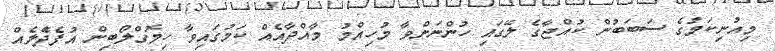
މިއުނިކަމުގެ ސަބަބުން ކުއްޖާގެ ލޭގައި ހުންނަންވާ މުހިއްމު މާއްދާއެއް ކަމުގައިވާ ހިމޮގްލޯބިން އުފެދޭެލެއް